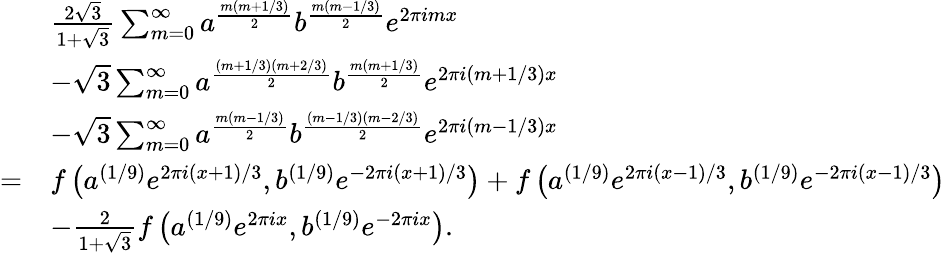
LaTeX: \begin{array}{rl}&{\frac{2\sqrt{3}}{1+\sqrt{3}}\sum_{m=0}^{\infty}a^{\frac{m(m+1/3)}{2}}b^{\frac{m(m-1/3)}{2}}e^{2\pi imx}}\\ &{-\sqrt{3}\sum_{m=0}^{\infty}a^{\frac{(m+1/3)(m+2/3)}{2}}b^{\frac{m(m+1/3)}{2}}e^{2\pi i(m+1/3)x}}\\ &{-\sqrt{3}\sum_{m=0}^{\infty}a^{\frac{m(m-1/3)}{2}}b^{\frac{(m-1/3)(m-2/3)}{2}}e^{2\pi i(m-1/3)x}}\\ {=}&{f\left(a^{(1/9)}e^{2\pi i(x+1)/3},b^{(1/9)}e^{-2\pi i(x+1)/3}\right)+f\left(a^{(1/9)}e^{2\pi i(x-1)/3},b^{(1/9)}e^{-2\pi i(x-1)/3}\right)}\\ &{-\frac{2}{1+\sqrt{3}}f\left(a^{(1/9)}e^{2\pi ix},b^{(1/9)}e^{-2\pi ix}\right).}\end{array}